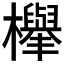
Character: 𣟱